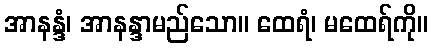
အာနန္ဒံ၊ အာနန္ဒာမည်သော။ ထေရံ၊ မထေရ်ကို။